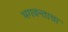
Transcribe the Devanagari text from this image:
भगवन्ताचा